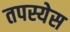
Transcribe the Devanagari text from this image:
तपस्येस